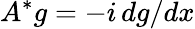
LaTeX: A^{*}g=-i\, dg/dx